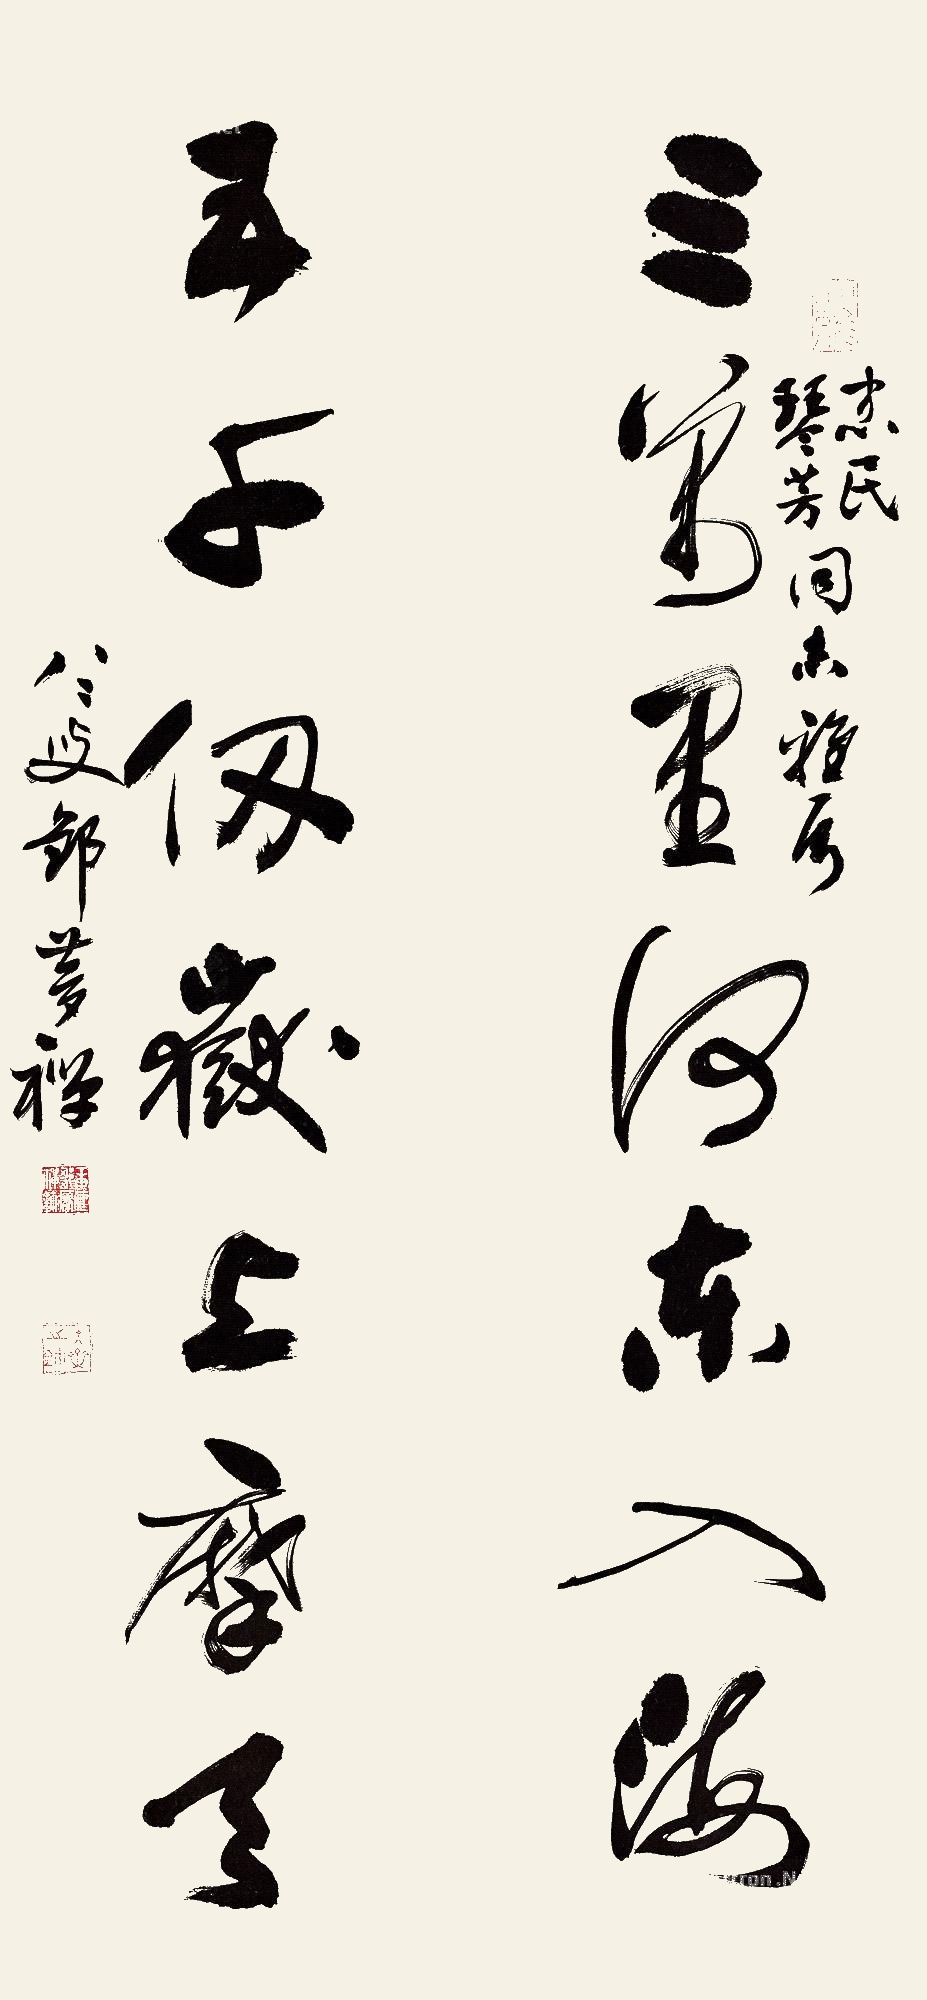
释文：三万里河东入海，五千仞岳上摩天。忠民、琴芳同志雅属，八二叟邹梦禅。